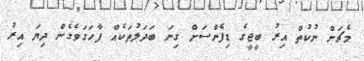
މެޗަށް ނުކުތް އިރު ބީޖީގެ ޑިފެންސަށް ގިނަ ބަދަލުތަކެއް ފާހަގަވެގެން ދިޔަ އިރު